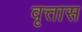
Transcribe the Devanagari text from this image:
वृत्तास